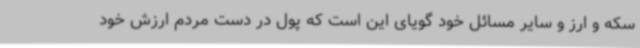
سکه و ارز و سایر مسائل خود گویای این است که پول در دست مردم ارزش خود